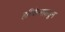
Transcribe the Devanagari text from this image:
हरिकेन्सकडून